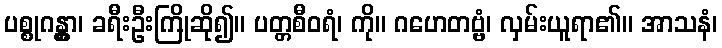
ပစ္စုဂန္တွာ၊ ခရီးဦးကြိုဆို၍။ ပတ္တစီဝရံ၊ ကို။ ဂဟေတဗ္ဗံ၊ လှမ်းယူရာ၏။ အာသနံ၊